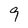
Character: 9